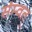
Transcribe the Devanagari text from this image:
संम्वत्